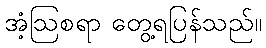
အံ့ဩစရာ တွေ့ရပြန်သည်။